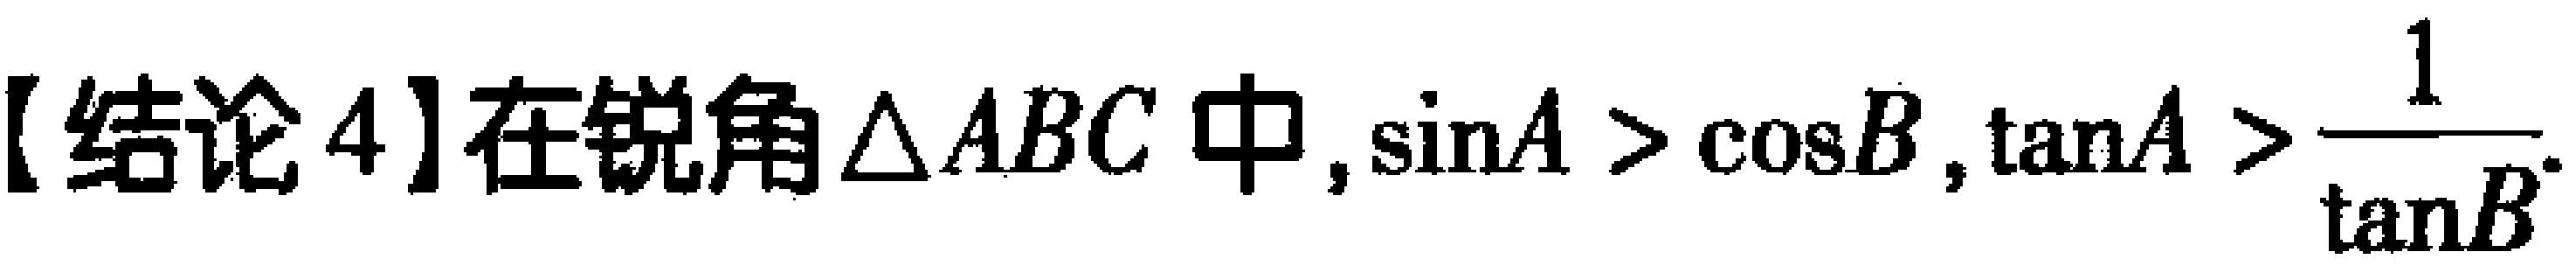
【结论4】在锐角$\triangle ABC$中, $\sin A > \cos B$, $\tan A > \dfrac{1}{\tan B}$.